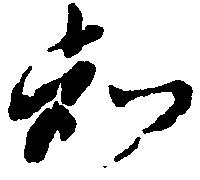
知